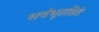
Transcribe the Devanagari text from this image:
सर्वभूतहिते